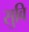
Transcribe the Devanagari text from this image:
सुवि